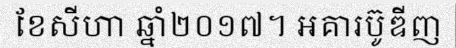
ខែសីហា ឆ្នាំ២០១៧។ អគារប៊ូឌីញ